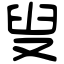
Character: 叟